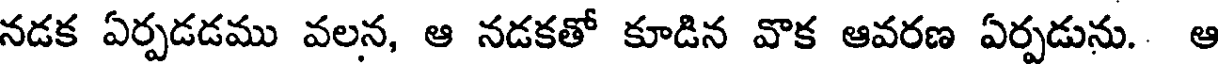
నడక ఏర్పడడము వలన, ఆ నడకతో కూడిన వొక ఆవరణ ఏర్పడును. ఆ